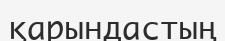
қарындастың